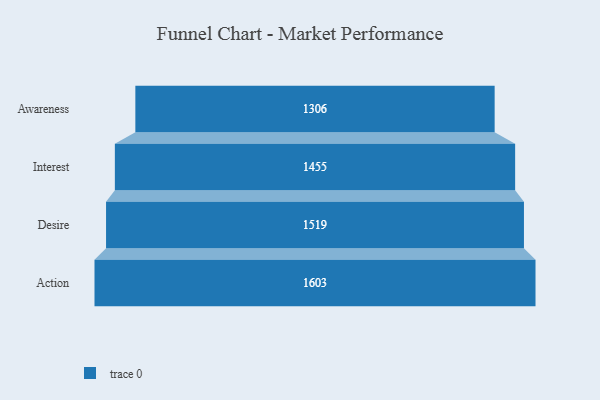
{"axis": {"x": "Stage", "y": "Value"}, "legend": [""], "data": [{"x": "Awareness", "y": 1306.0, "type": ""}, {"x": "Interest", "y": 1455.0, "type": ""}, {"x": "Desire", "y": 1519.0, "type": ""}, {"x": "Action", "y": 1603.0, "type": ""}]}